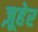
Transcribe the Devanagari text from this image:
ज़ूहेर